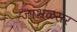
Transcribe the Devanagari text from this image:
जांभळसर